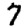
Digit: 7